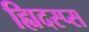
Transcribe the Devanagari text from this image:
ह्यिदस्प्स